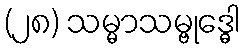
(၂၈) သမ္မာသမ္ဗုဒ္ဓေါ